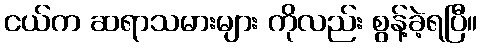
ငယ်က ဆရာသမားများ ကိုလည်း စွန့်ခဲ့ရပြီ။